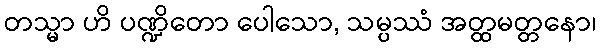
တသ္မာ ဟိ ပဏ္ဍိတော ပေါသော, သမ္ပဿံ အတ္ထမတ္တနော၊